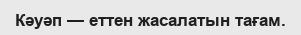
Кәуәп — еттен жасалатын тағам.